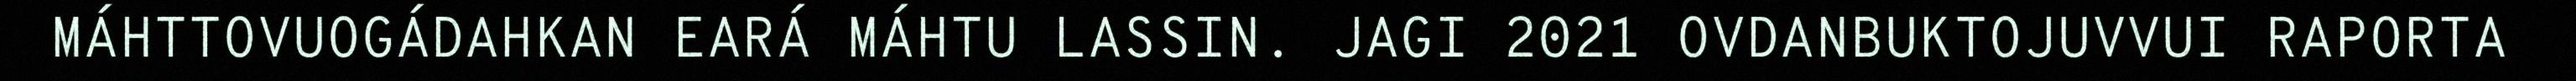
MÁHTTOVUOGÁDAHKAN EARÁ MÁHTU LASSIN. JAGI 2021 OVDANBUKTOJUVVUI RAPORTA